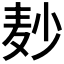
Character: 𪎊